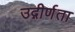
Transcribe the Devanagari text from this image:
उद्गीर्णता